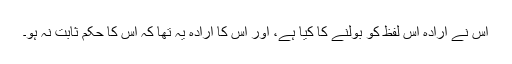
اس نے ارادہ اس لفظ کو بولنے کا کیا ہے، اور اس کا ارادہ یہ تھا کہ اس کا حکم ثابت نہ ہو۔